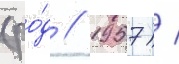
(ро́д // 1957) /